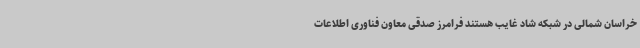
خراسان شمالی در شبکه شاد غایب هستند فرامرز صدقی معاون فناوری اطلاعات